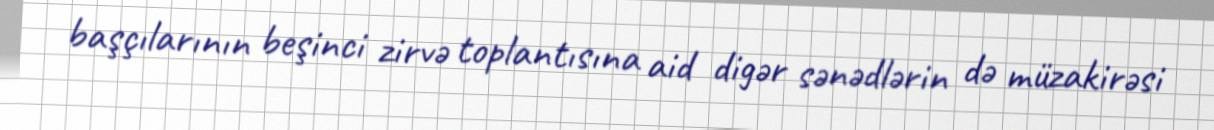
başçılarının beşinci zirvə toplantısına aid digər sənədlərin də müzakirəsi